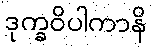
ဒုက္ခဝိပါကာနိ